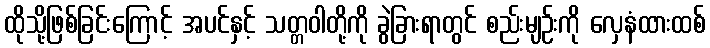
ထိုသို့ဖြစ်ခြင်းကြောင့် အပင်နှင့် သတ္တဝါတို့ကို ခွဲခြားရာတွင် စည်းမျဉ်းကို လှေနံထားထစ်